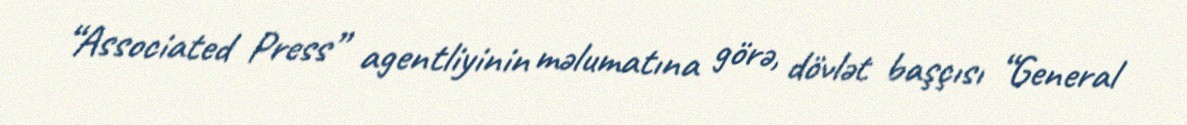
“Associated Press” agentliyinin məlumatına görə, dövlət başçısı “General